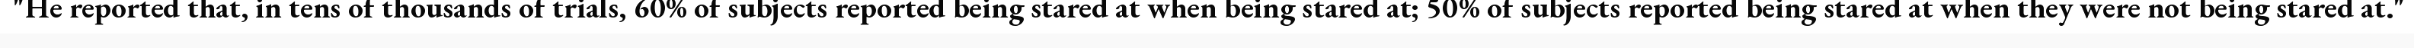
"He reported that, in tens of thousands of trials, 60% of subjects reported being stared at when being stared at; 50% of subjects reported being stared at when they were not being stared at."